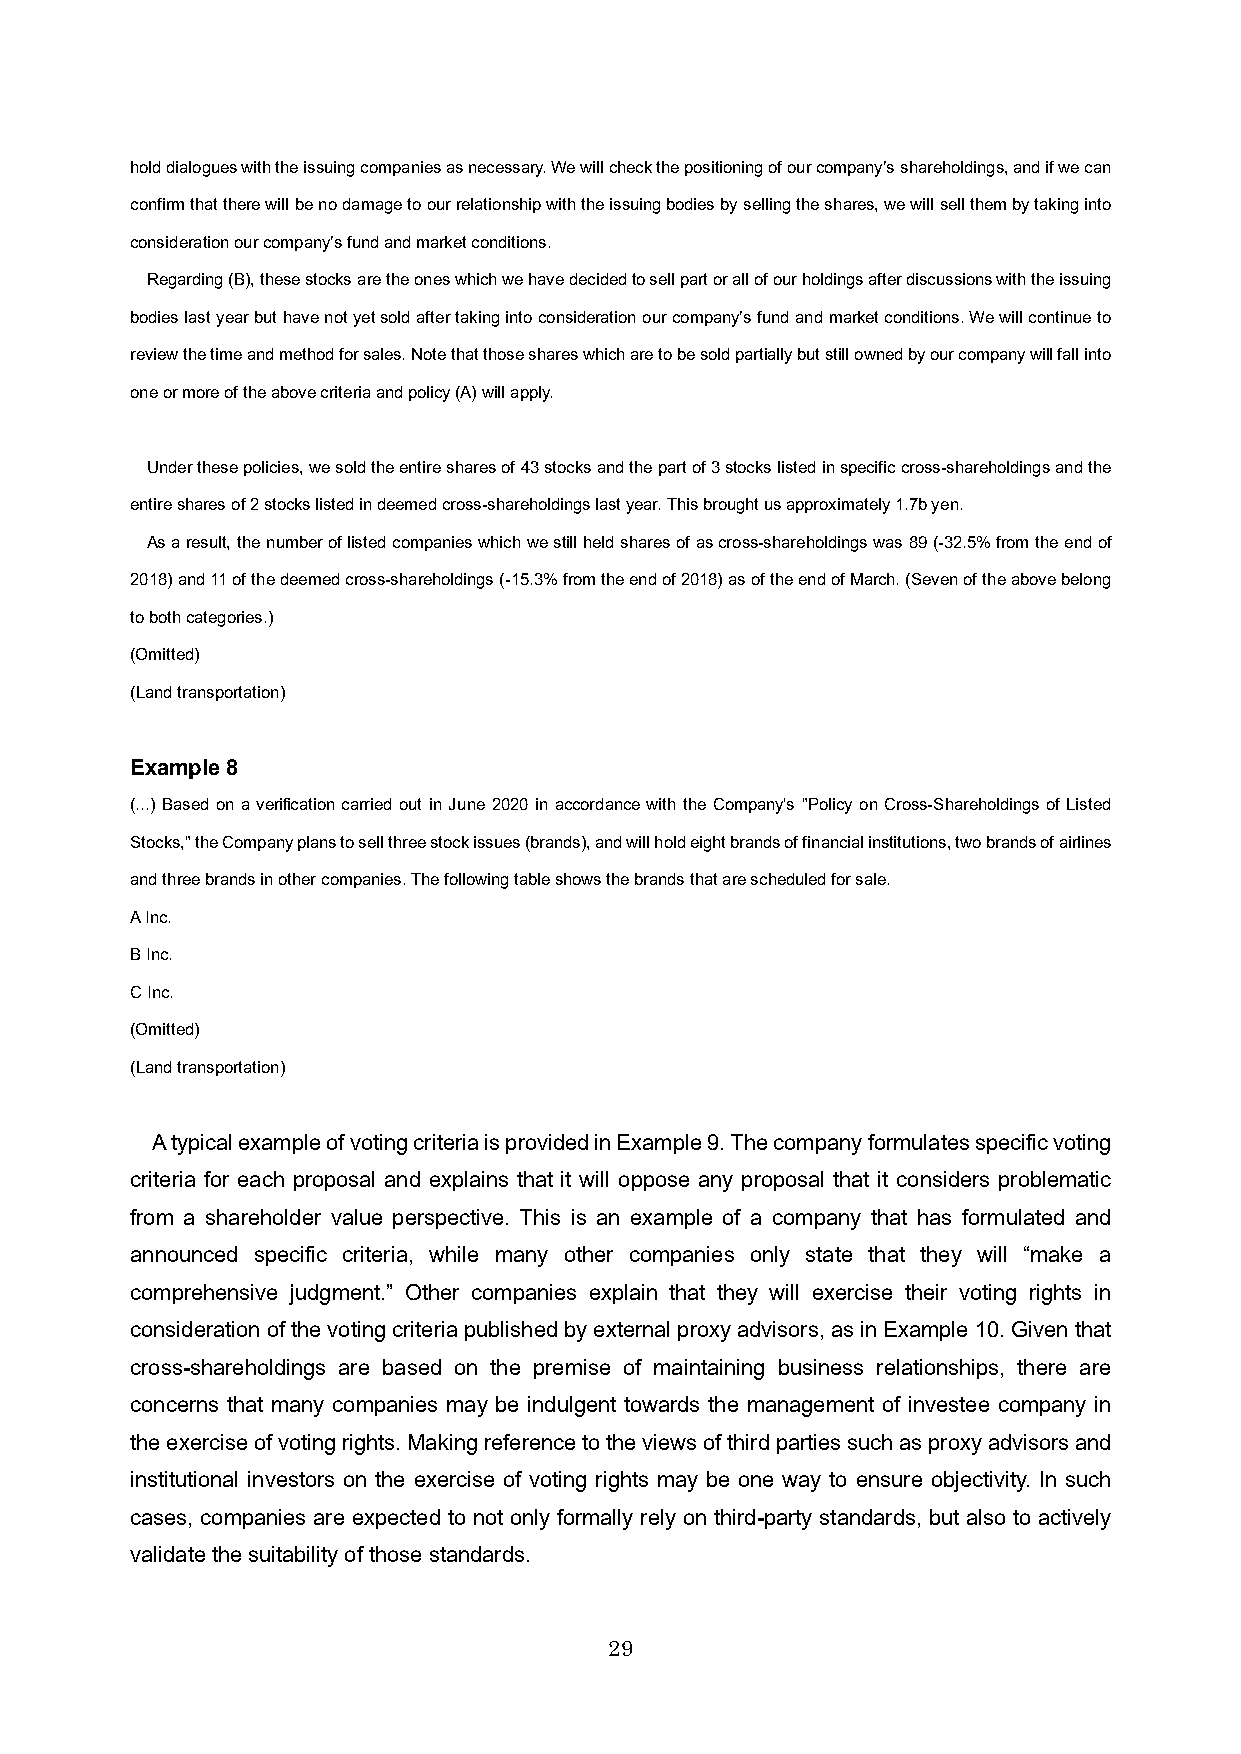
hold dialogues with the issuing companies as necessary. We will check the positioning of our companyʼs shareholdings, and ifwe can
 confirm that there will be no damage to our relationship with the issuing bodies by selling the shares, we will sell them by taking into
 consideration our companyʼs fund and market conditions.
 Regarding (B), these stocks are the ones which we havedecided to sell part or all of our holdings after discussions with the issuing
 bodies last year but have not yet sold after taking into consideration our companyʼs fund and market conditions. We will continue to
 review the time and method for sales. Note that those shares which are to be sold partially but still owned by our company will fall into
 one or more of the above criteria and policy (A) will apply.
 Under these policies, we sold the entire shares of 43 stocks and the part of 3 stocks listed in specific cross-shareholdings and the
 entire shares of 2 stocks listed in deemed cross-shareholdings last year. This brought us approximately 1.7b yen.
 As a result, the number of listed companies which we still held shares of as cross-shareholdings was 89 (-32.5% from the end of
 2018) and 11 of the deemed cross-shareholdings (-15.3% from the end of 2018) as of the end of March. (Seven of the above belong
 to both categories.)
 (Omitted)
 (Land transportation)
 Example 8
 (...) Based on a verification carried out in June 2020 in accordance with the Company's "Policy on Cross-Shareholdings of Listed
 Stocks," the Company plans to sell three stock issues (brands), and will hold eight brands of financial institutions, two brands of airlines
 and three brands in other companies. The following table shows the brands that are scheduled for sale.
 A Inc.
 B Inc.
 C Inc.
 (Omitted)
 (Land transportation)
 A typical example of voting criteria is provided in Example 9. The company formulates specific voting
 criteria for each proposal and explains that it will oppose any proposal that it considers problematic
 from a shareholder value perspective. This is an example of a company that has formulated and
 announced specific criteria, while many other companies only state that they will “make a
 comprehensive judgment.” Other companies explain that they will exercise their voting rights in
 consideration of the voting criteria published by external proxy advisors, as in Example 10. Given that
 cross-shareholdings are based on the premise of maintaining business relationships, there are
 concerns that many companies may be indulgent towards the management of investee company in
 the exercise of voting rights. Making reference to the views of third parties such as proxy advisors and
 institutional investors on the exercise of voting rights may be one way to ensure objectivity. In such
 cases, companies are expected to not only formally rely on third-party standards, but also to actively
 validate the suitability of those standards.
 29